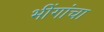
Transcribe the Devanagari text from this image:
भींगांचा